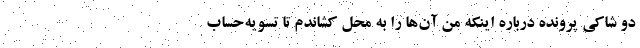
دو شاکی پرونده درباره اینکه من آن‌ها را به محل کشاندم تا تسویه‌حساب